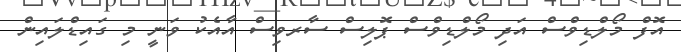
އޮފް މޯލްޑިވްސް އަދި މޯލްޑިވްސް ޕޮލިސް ސާރވިސް އާއެކު ވަނީ މި ގައިޑްލައިން